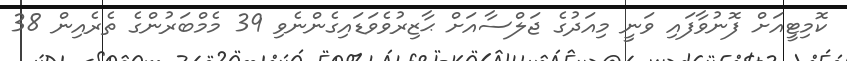
ކޮމިޓީއަށް ފޮނުވާފައި ވަނީ މިއަދުގެ ޖަލްސާއަށް ޙާޒިރުވެވަޑައިގެންނެވި 39 މެމްބަރުންގެ ތެރެއިން 38